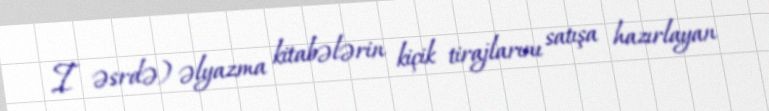
I əsrdə) əlyazma kitabələrin kiçik tirajlarını satışa hazırlayan